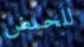
للحمض